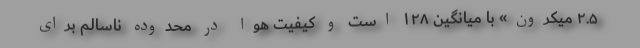
۲.۵ میکرون» با میانگین ۱۲۸ است‌ و کیفیت هوا در محدوده ناسالم برای